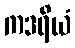
ကဒရိယံ